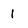
Character: 1